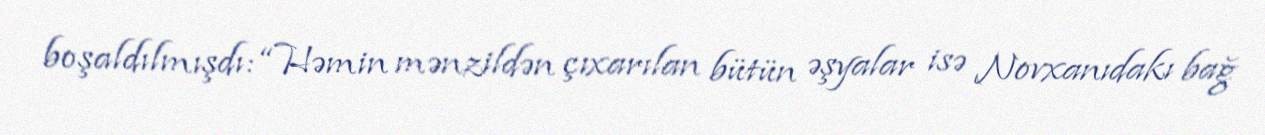
boşaldılmışdı: “Həmin mənzildən çıxarılan bütün əşyalar isə Novxanıdakı bağ